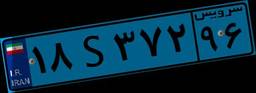
۱۸S۳۷۲۹۶